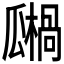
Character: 𤬙